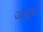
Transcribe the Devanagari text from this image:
जादूंचे